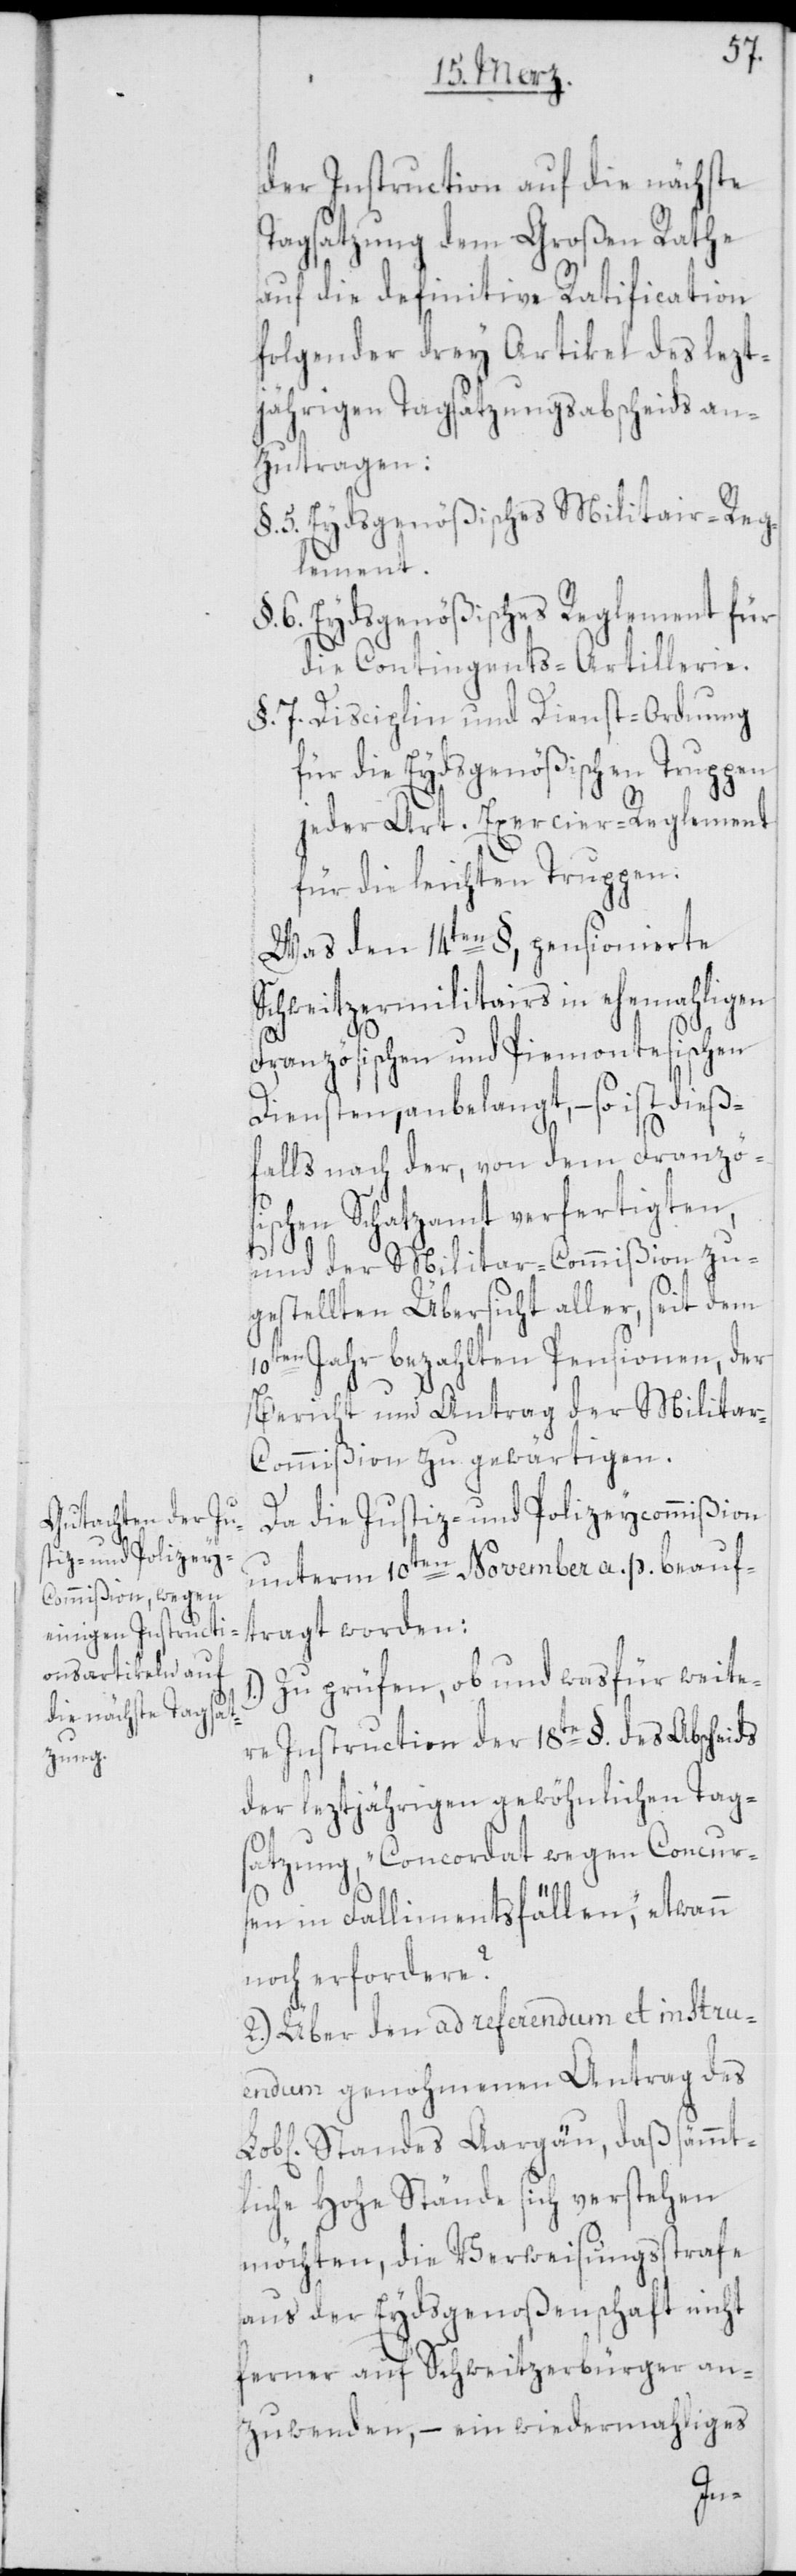
der Instruction auf die nächste
Tagsatzung dem Großen Rathe
auf die definitive Ratification
folgender drey Artikel des lezt¬
jährigen Tagsatzungsabscheids an¬
zutragen:
§. 5. Eydsgenößisches Militair-Reg¬
lement.
6. Eydsgenößisches Reglement für
die Contingents-Artillerie.
§. 7. Disciplin und Dienst-Ordnung
für die Eydsgenößischen Truppen
jeder Art. Exercier-Reglement
für die leichten Truppen.
Was den 14ten §, pensionierte
Schweitzermilitairs in ehemahligen
Französischen und Piemontesischen
Diensten, anbelangt, – so ist dieß¬
falls nach der, von dem Französ¬
ischen Schatzamt verfertigten,
und der Militar-Commißion zu¬
gestellten Übersicht aller, seit dem
10ten Jahr bezahlten Pensionen, der
Bericht und Antrag der Milita¬
r-Commißion zu gewärtigen.
Da die Justiz- und Polizeycommißion
unterm 10ten November a. p. beauf¬
tragt worden:
Zu prüfen, ob und was für weite¬
re Instruction der 18te §. des Abscheids
der leztjährigen gewöhnlichen Tag¬
satzung, „Concordat wegen Concur¬
1.)
sen in Fallimentsfällen“, etwann
noch erfordere?
2.) Über den ad referendum et instru¬
endum genohmenen Antrag des
Standes Aargäu, daß sämmt¬
liche Hohe Stände sich verstehen
möchten, die Verweisungsstrafe
aus der Eydsgenoßenschaft nicht
ferner auf Schweitzerbürger an¬
zuwenden, – ein wiedermahliges